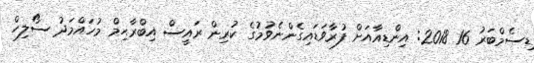
ޑިސެމްބަރު 16 2018: އިންޑިއާއަށް ފުރާވަޑައިގެންނެވުމުގެ ކުރިން ރައީސް އިބްރާޙިމް މުހައްމަދު ސޯލިހް